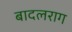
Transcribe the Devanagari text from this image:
बादलराग